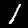
Digit: 1